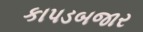
કાપડબજાર